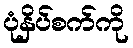
ပုံနှိပ်စက်ကို